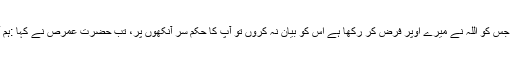
اللہ سے ڈریں،حضرت عمار صنے ان سے کہا: اگر آپ کی یہ خواہش ہے کہ آپ کے زیرِ اطاعت رہ کر جس کو اللہ نے میرے اوپر فرض کر رکھا ہے اس کو بیان نہ کروں تو آپ کا حکم سر آنکھوں پر، تب حضرت عمرص نے کہا :ہم آپ کا رخ اسی طرف پھیر دیتے ہیں جس کا آپ نے قصد کیا ہے یعنی آپ اپنے موقف پر قائم و دائم رہیں۔